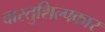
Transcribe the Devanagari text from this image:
वास्तुशिल्पकार